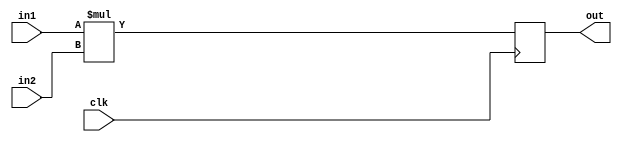
`timescale 1ns / 1ps
//////////////////////////////////////////////////////////////////////////////////
// Company: 
// Engineer: 
// 
// Design Name: 
// Module Name: multiply
// Project Name: 
// Target Devices: 
// Tool Versions: 
// Description: 
// 
// Dependencies: 
// 
// Revision:
// Revision 0.01 - File Created
// Additional Comments:
// 
//////////////////////////////////////////////////////////////////////////////////


module multiply(
        input clk,
        input [63:0] in1,
        input [63:0] in2,
        output reg [127:0] out
    );
    
    always @(posedge clk) begin
        out = in1*in2;
    end
    
endmodule